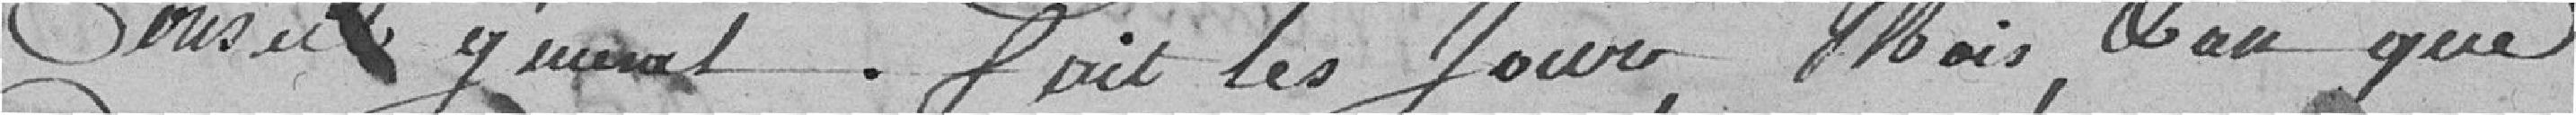
Conseil général. Fait les Jour, Mois, et An que